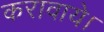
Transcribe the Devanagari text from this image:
करावाये।